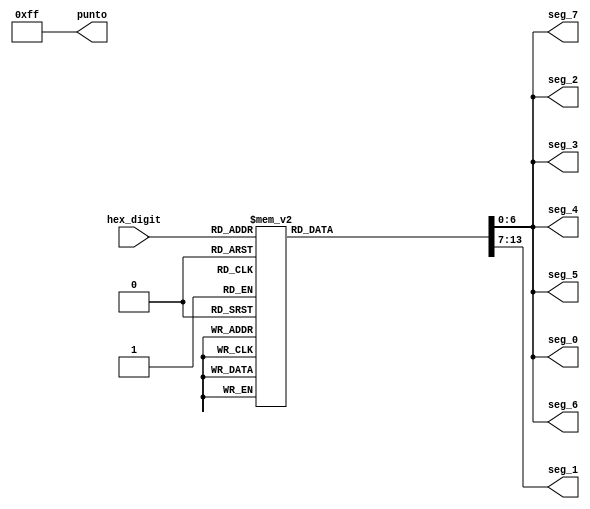

module MultiplesBCD(
	input [3:0] hex_digit,
	output reg [6:0] seg_0,
	output reg [6:0] seg_1,
	output reg [6:0] seg_2,
	output reg [6:0] seg_3,
	output reg [6:0] seg_4,
	output reg [6:0] seg_5,
	output reg [6:0] seg_6,
	output reg [6:0] seg_7,
	output reg [7:0] punto
	);

always @* begin
      punto = ~8'b00000000; //apagamos todos los puntos de los BCD 

		// seg = {6,5,4,3,2,1,0};
		// 0 es encendido y 1 es apagado
		// Creamos los valores de seg_0 y seg_1 de forma simultanea en una sentencia case
			case (hex_digit)
			4'b0000 :  begin seg_0 = ~7'b0111111; seg_1 = ~7'b0111111;	end	// Hexadecimal 0   // ---0----
			4'b0001 :  begin seg_0 = ~7'b0000110; seg_1 = ~7'b0000110;	end	// Hexadecimal 1   // |      |
			4'b0010 :  begin seg_0 = ~7'b1011011; seg_1 = ~7'b1011011;	end	// Hexadecimal 2   // 5      1
			4'b0011 :  begin seg_0 = ~7'b1001111; seg_1 = ~7'b1001111;	end	// Hexadecimal 3   // |      |
			4'b0100 :  begin seg_0 = ~7'b1100110; seg_1 = ~7'b1100110;	end	// Hexadecimal 4   // ---6----
			4'b0101 :  begin seg_0 = ~7'b1101101; seg_1 = ~7'b1101101;	end	// Hexadecimal 5   // |      |
			4'b0110 :  begin seg_0 = ~7'b1111101; seg_1 = ~7'b1111101;	end	// Hexadecimal 6   // 4      2
			4'b0111 :  begin seg_0 = ~7'b0000111; seg_1 = ~7'b0000111;	end	// Hexadecimal 7   // |      |
			4'b1000 :  begin seg_0 = ~7'b1111111; seg_1 = ~7'b1111111;	end	// Hexadecimal 8   // ---3----
			4'b1001 :  begin seg_0 = ~7'b1101111; seg_1 = ~7'b1101111;	end	// Hexadecimal 9
			4'b1010 :  begin seg_0 = ~7'b1110111; seg_1 = ~7'b1110111;	end	// Hexadecimal A
			4'b1011 :  begin seg_0 = ~7'b1111100; seg_1 = ~7'b1111100;	end	// Hexadecimal B
			4'b1100 :  begin seg_0 = ~7'b0111001; seg_1 = ~7'b0111001;	end	// Hexadecimal C
			4'b1101 :  begin seg_0 = ~7'b1011110; seg_1 = ~7'b1011110;	end	// Hexadecimal D
			4'b1110 :  begin seg_0 = ~7'b1111001; seg_1 = ~7'b1111001;	end	// Hexadecimal E
			4'b1111 :  begin seg_0 = ~7'b1110001; seg_1 = ~7'b1110001;	end	// Hexadecimal F
			endcase	  
	seg_2=seg_0; //igualamos las salidas del BCD2 hasta el BCD7 al BCD0
	seg_3=seg_0;
	seg_4=seg_0;
	seg_5=seg_0;
	seg_6=seg_0;
	seg_7=seg_0;
	
	
	
	
	
	end
	
	endmodule